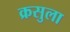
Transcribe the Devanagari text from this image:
क्रसुला